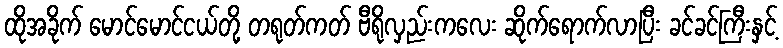
ထိုအခိုက် မောင်မောင်ငယ်တို့ တရုတ်ကတ် ဗီရိုလှည်းကလေး ဆိုက်ရောက်လာပြီး ခင်ခင်ကြီးနှင့်